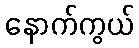
နောက်ကွယ်